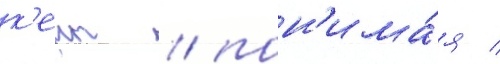
к'еит / пон'има́я /